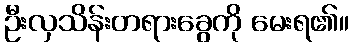
ဦးလှသိန်းတရားခွေကို မေးရ၏။